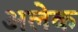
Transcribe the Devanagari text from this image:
अलेक